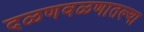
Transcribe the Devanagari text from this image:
दळणवळणातल्या